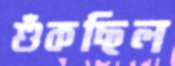
শুঁকছিল